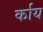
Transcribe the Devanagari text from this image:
र्काय